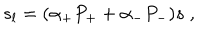
s _ { l } = ( \alpha _ { + } P _ { + } + \alpha _ { - } P _ { - } ) s \; ,